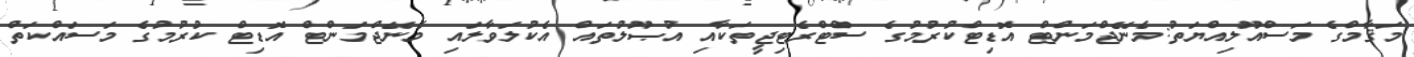
މަޤާމްގެ މަސްއޫލިއްޔަތު:މެނޭޖްމަންޓް އޮޑިޓްކުރުމުގެ ސްޓްރެޓިޖީތަކާއި އުޞޫލުތައް އެކުލަވާލައި މެނޭޖްމަންޓް އޮޑިޓް ކުރުމުގެ މަސައްކަތް